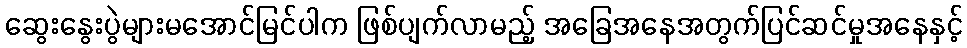
ဆွေးနွေးပွဲများမအောင်မြင်ပါက ဖြစ်ပျက်လာမည့် အခြေအနေအတွက်ပြင်ဆင်မှုအနေနှင့်